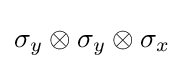
\sigma _{y}\otimes \sigma _{y}\otimes \sigma _{x}